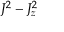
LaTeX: J ^ { 2 } - J _ { z } ^ { 2 }